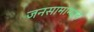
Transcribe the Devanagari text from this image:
जनसामान्यांत